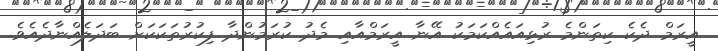
އީރަމް ދެކެ ކިތަންމެ ރުޅިއައެއްކަމަކު އޭނާ އީރަމްއާއި މެދު ކުރަމުންދާ ފިކުރުތަކަކަށް ބަދަލެއްނާދެއެވެ.